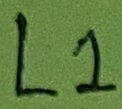
Text: L1